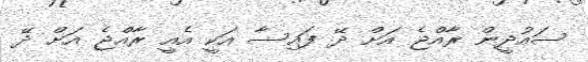
ސައުދީން ރާއްޖެ އަށް ދޭ ފައިސާ އަކީ އެއީ ރާއްޖެ އަށް ދޭ